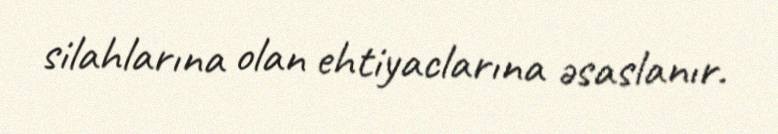
silahlarına olan ehtiyaclarına əsaslanır.